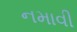
નમાવી